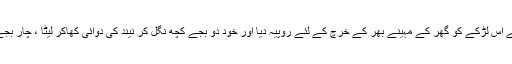
میں نے اس لڑکے کو گھر کے مہینے بھر کے خرچ کے لئے روپیہ دیا اور خود دو بجے کچھ نگل کر نیند کی دوائی کھاکر لیٹا ، چار بجے اٹھا۔